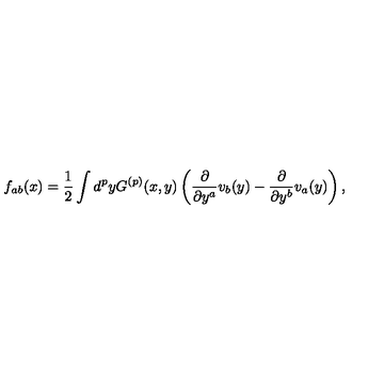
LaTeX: f _ { a b } ( x ) = \frac { 1 } { 2 } \int d ^ { p } y G ^ { ( p ) } ( x , y ) \left( \frac { \partial } { \partial y ^ { a } } v _ { b } ( y ) - \frac { \partial } { \partial y ^ { b } } v _ { a } ( y ) \right) ,